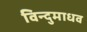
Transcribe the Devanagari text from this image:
विन्दुमाधव